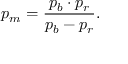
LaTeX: p _ { m } = { \frac { p _ { b } \cdot p _ { r } } { p _ { b } - p _ { r } } } .